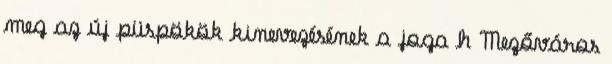
meg az új püspökök kinevezésének a joga h Mezőváros